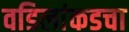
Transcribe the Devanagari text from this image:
वडिलांकडचा